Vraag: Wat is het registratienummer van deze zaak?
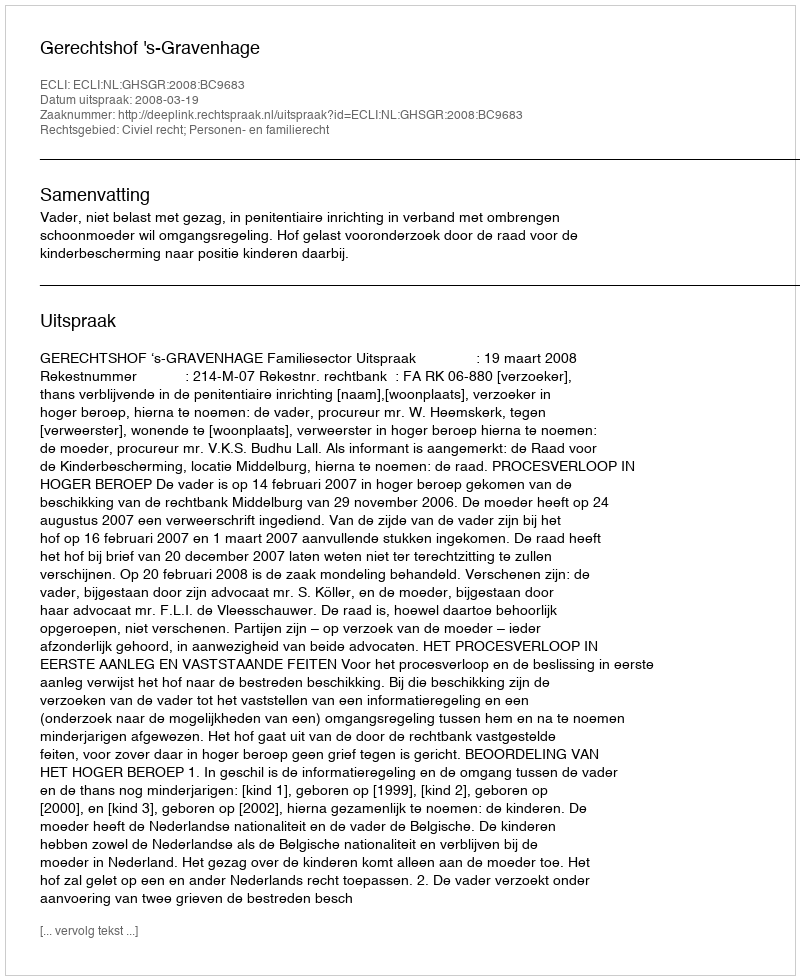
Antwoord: http://deeplink.rechtspraak.nl/uitspraak?id=ECLI:NL:GHSGR:2008:BC9683